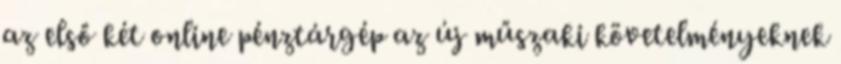
az első két online pénztárgép az új műszaki követelményeknek